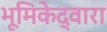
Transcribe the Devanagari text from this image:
भूमिकेद्वारा